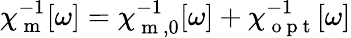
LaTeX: \chi_{\mathrm{~m~}}^{-1}[\omega]=\chi_{\mathrm{~m~},0}^{-1}[\omega]+\chi_{\mathrm{~o~p~t~}}^{-1}[\omega]